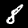
Digit: 8